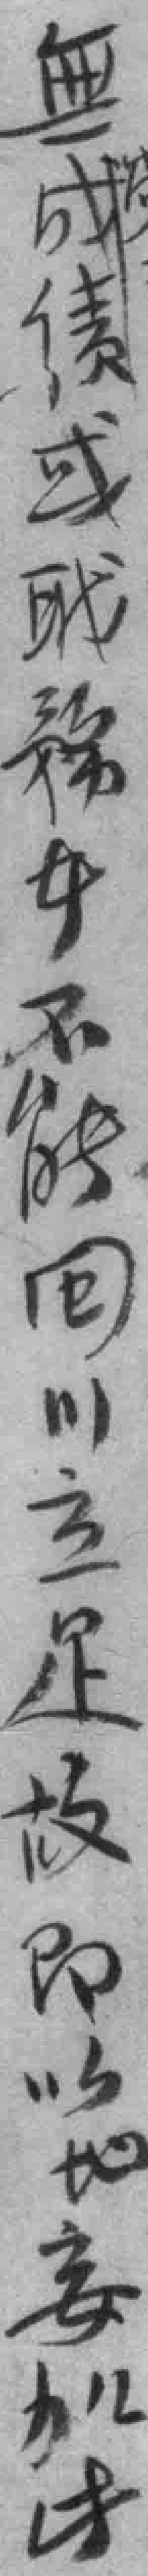
無成绩或聀務*不能回川立足故即以地妄加*